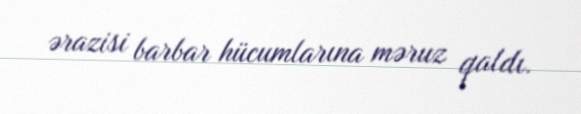
ərazisi barbar hücumlarına məruz qaldı.